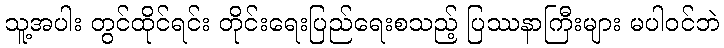
သူ့အပါး တွင်ထိုင်ရင်း တိုင်းရေးပြည်ရေးစသည့် ပြဿနာကြီးများ မပါဝင်ဘဲ